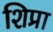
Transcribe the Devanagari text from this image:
शिप्रा